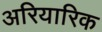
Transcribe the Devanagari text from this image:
अरियारिक